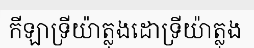
កីឡាទ្រីយ៉ាត្លុងដោទ្រីយ៉ាត្លុង